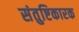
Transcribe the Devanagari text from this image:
संतुष्टिकारक